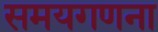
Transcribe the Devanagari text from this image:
समयगणना